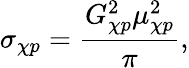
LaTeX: \sigma_{\chi p}={\frac{G_{\chi p}^{2}\mu_{\chi p}^{2}}{\pi}},